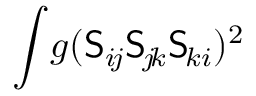
\int \! g ( \mathsf { S } _ { i \! j } \mathsf { S } _ { \! j \! k } \mathsf { S } _ { \! k i } ) ^ { 2 }